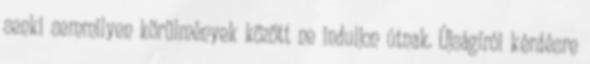
senki semmilyen körülmények között ne induljon útnak. Újságírói kérdésre